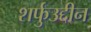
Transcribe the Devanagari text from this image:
शर्फुउद्दीन